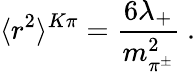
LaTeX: \langle r^{2}\rangle^{K\pi}=\frac{6\lambda_{+}}{m_{\pi^{\pm}}^{2}}\ .